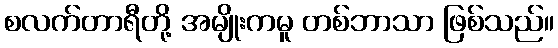
စလက်တာရီတို့ အမျိုးကမူ တစ်ဘာသာ ဖြစ်သည်။